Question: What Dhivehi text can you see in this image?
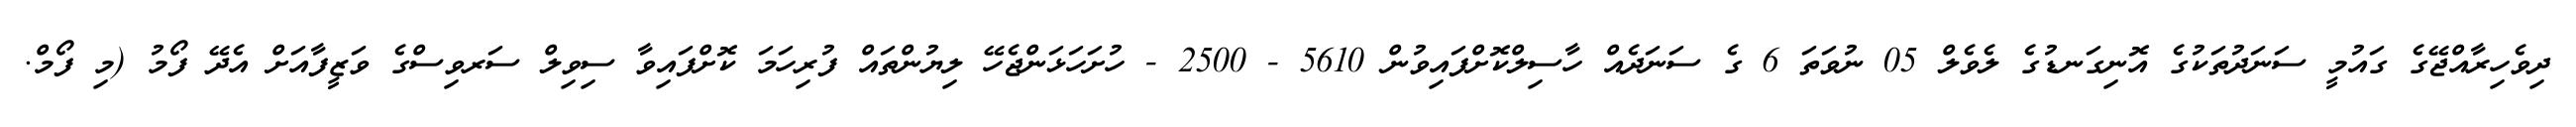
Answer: ދިވެހިރާއްޖޭގެ ގައުމީ ސަނަދުތަކުގެ އޮނިގަނޑުގެ ލެވެލް 05 ނުވަތަ 6 ގެ ސަނަދެއް ހާސިލްކޮށްފައިވުން 5610 - 2500 - ހުށަހަޅަންޖެހޭ ލިޔުންތައް ފުރިހަމަ ކޮށްފައިވާ ސިވިލް ސަރވިސްގެ ވަޒީފާއަށް އެދޭ ފޯމު (މި ފޯމް.